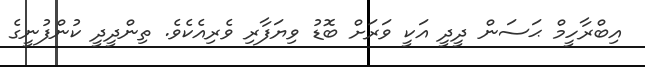
އިބްރާހީމް ޙަސަން ދީދީ އަކީ ވަރަށް ބޮޑު ވިޔަފާރި ވެރިއެކެވެ. ތިންދީދީ ކުންފުނީގެ